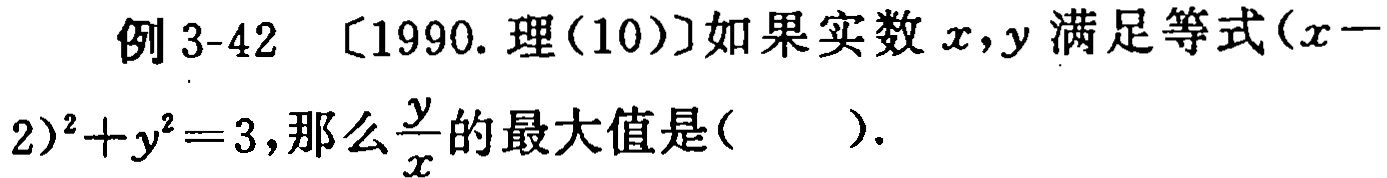
例 3-42 〔1990. 理(10)〕如果实数\(x,y\)满足等式\((x - 2)^2 + y^2 = 3\)，那么\(\frac{y}{x}\)的最大值是( ).